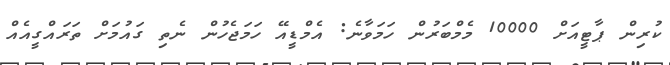
ކުރިން ޕާޓީއަށް 10000 މެމްބަރުން ހަމަވާނެ: އެމްޑީއޭ ހަމަޖެހުން ނެތި ގައުމަށް ތަރައްގީއެއް